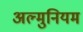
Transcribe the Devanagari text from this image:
अल्मुनियम